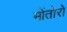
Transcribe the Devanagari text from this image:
मोंतोरो